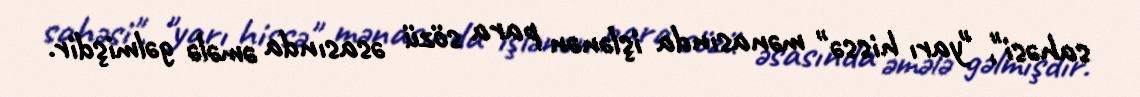
sahəsi", "yarı hissə" mənasında işlənən para sözü əsasında əmələ gəlmişdir.